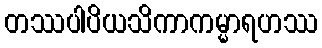
တဿပါပိယသိကာကမ္မာရဟဿ